NAE_EAA_T-354_Tartu_Tamme_Gumnaasium, lk 96
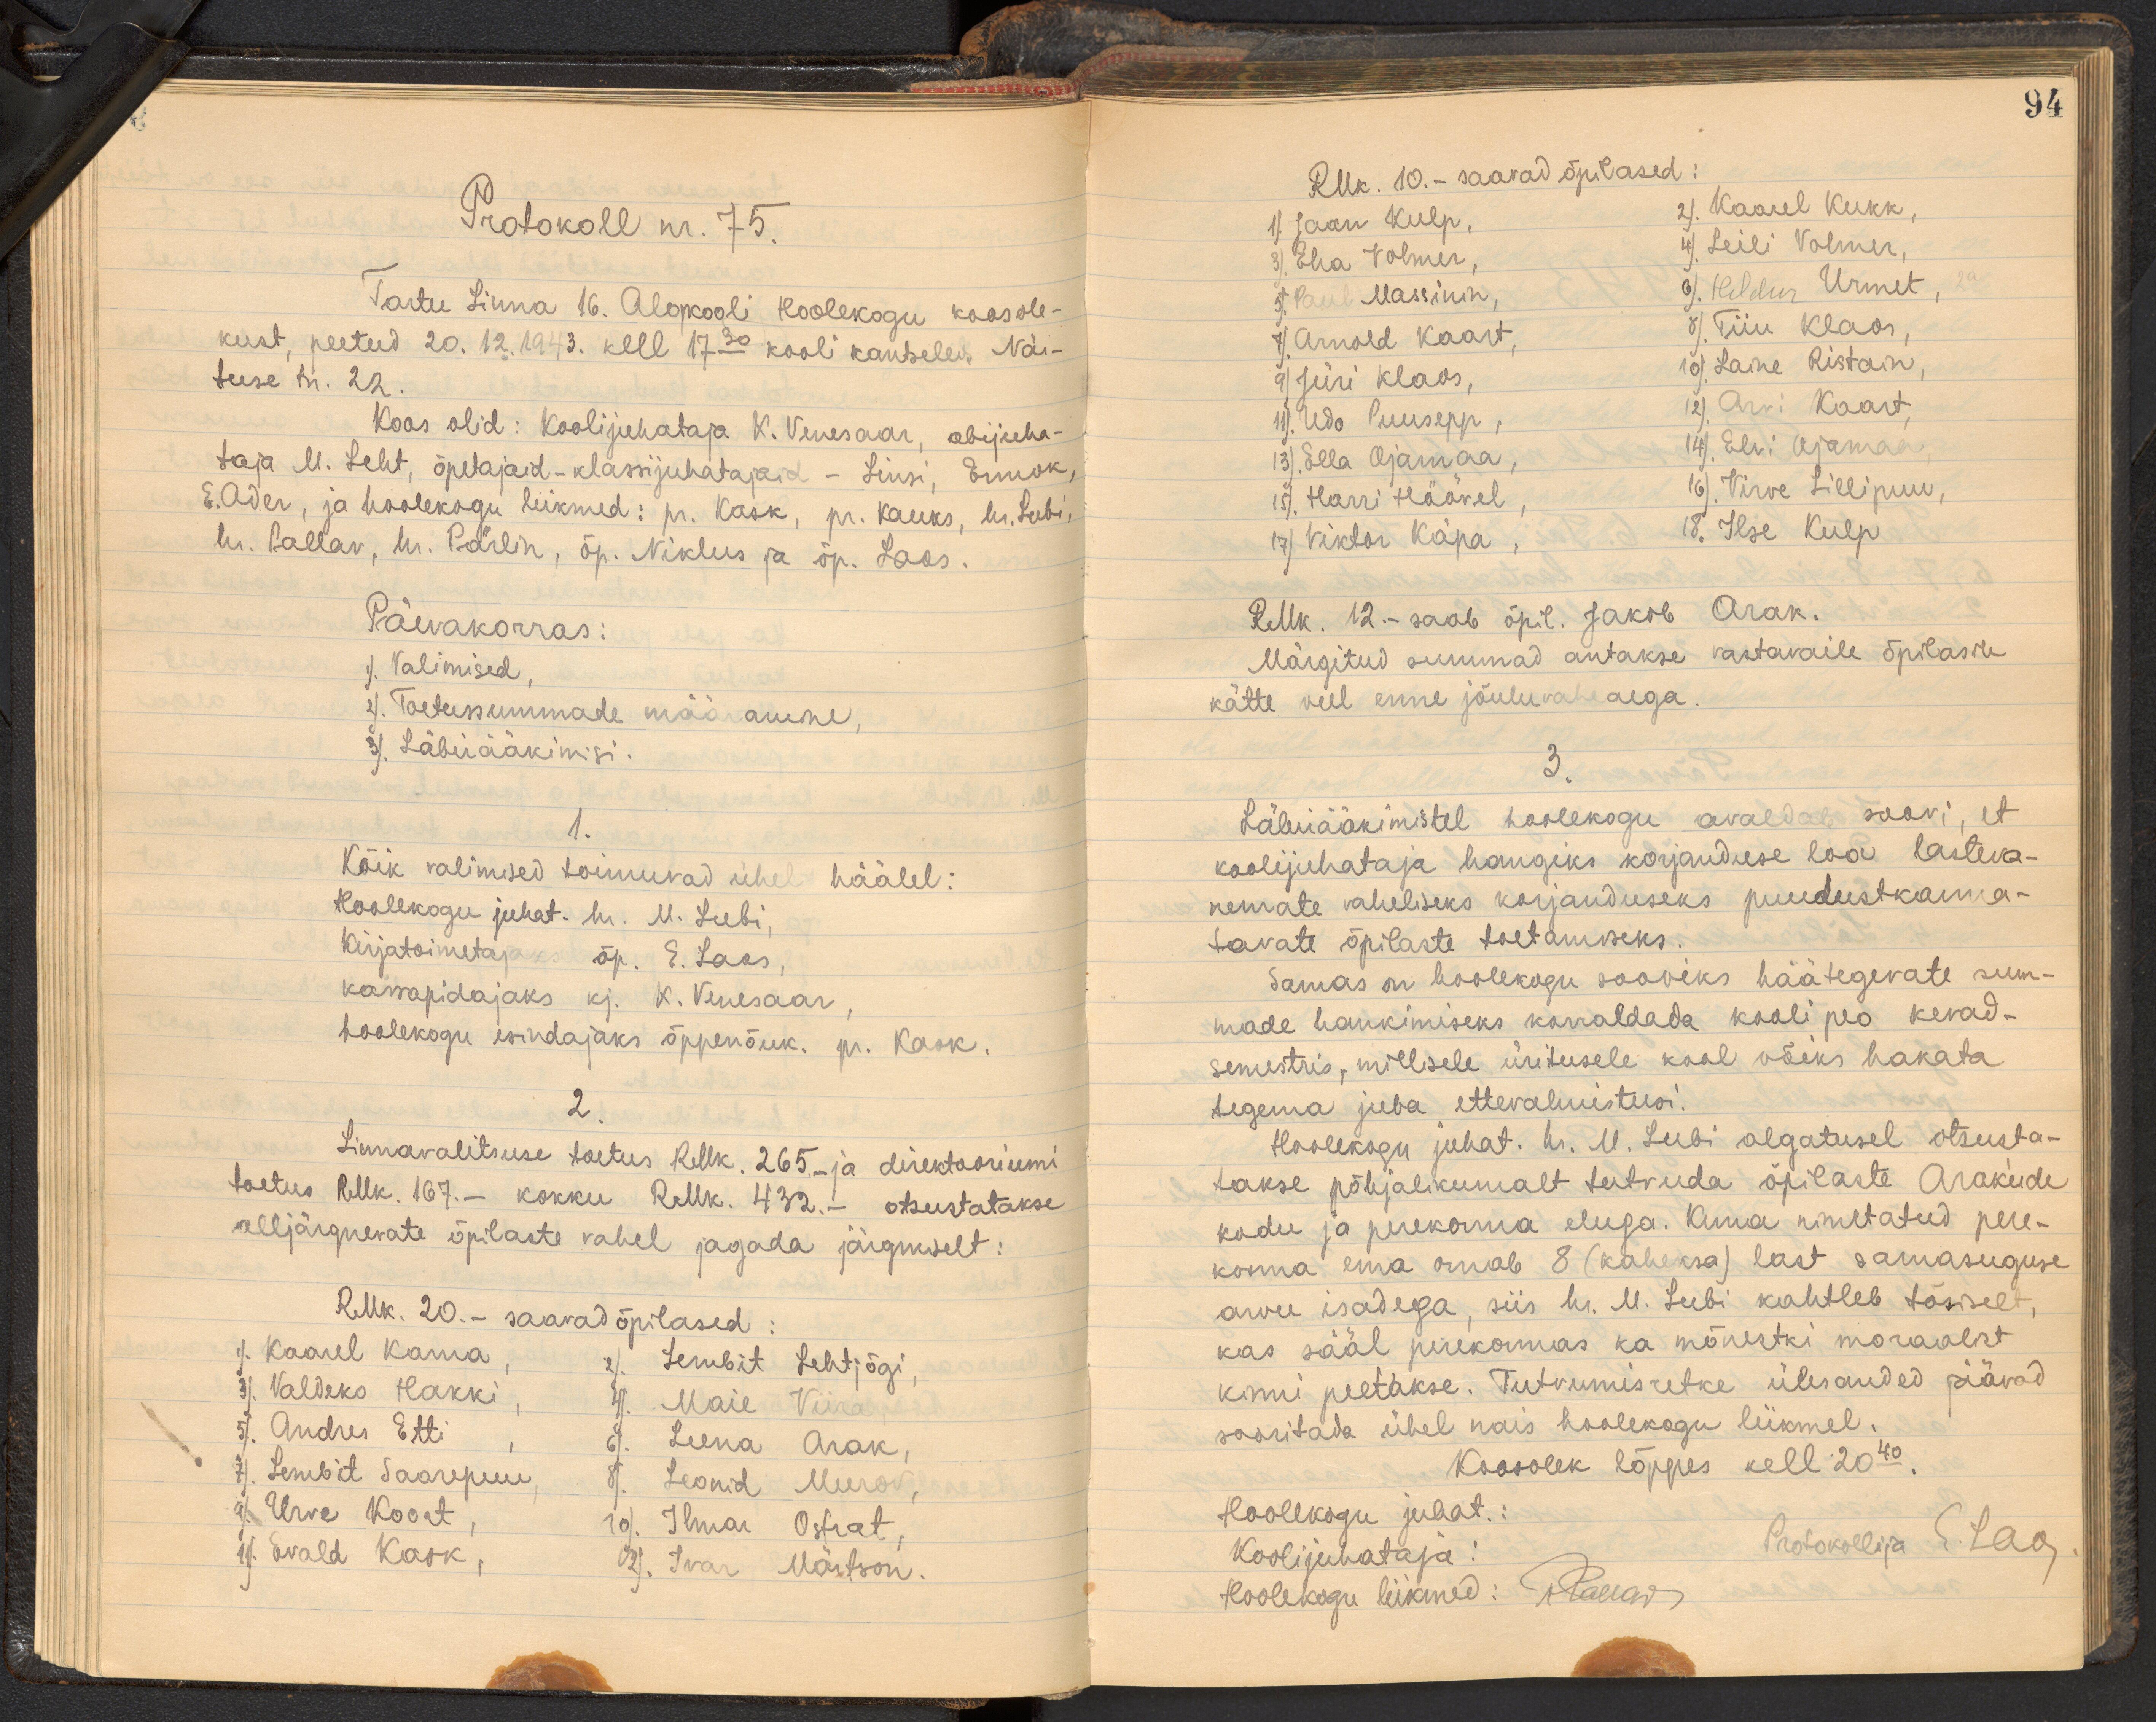
Protokoll nr. 75.
Tartu Linna 16. Algkooli Hoolekogu koosole-
kust, peetud 20. 12.1943. kell 17.30 kooli kantseleis Näi-
tuse nr. 22.
Koos olid: Koolijuhataja K. Venesaar, abijuha-
taja M. Leht, õpetajaid - klassijuhatajaid - Linsi, Ennok,
E. Ader, ja hoolekogu liikmed: pr. Kask, pr. Kauks, hr. Lubi,
hr. Pallav, hr. Pärlin, õp. Niklus ja öp. Laos.
Päevakorras:
1). Valimised.
2). Toetussummade määramine,
3). Läbiääkimisi.
1.
Kõik valimised toimuvad ühel häälel:
Hoolekogu juhat. h. M. Lubi,
Kirjatoimetajaks õp. E. Laos,
korrapidajaks kj. K. Venesaar.
hoolekogu esindajaks õppenõuk. pr. Kask.
2.
Linnavalitsuse toetus RMk. 265.- ja direktooriumi
toetus RMk. 167.- kokku RMk. 432. - otsustatakse
alljärgnevate õpilaste vahel jagada järgmiselt:
RMk. 20. - saavad õpilased
1). Kaarel Kama,
3). Valdeko Hakki,
2) Lembit Lehtjõgi,
4) Maie Viira
5). Andres Etti
6). Leena Arak,
7). Lembit Saarepuu
8). Leonid Murov
9) Urve koort
10). Ilmar Ostrat.
11). Evald Kask,
12). Ivar Märtson.

94
RMk. 10. - saavad õpilased:
1). Jaan Kulp,
2). Kaarel Kukk,
3). Eha Volmer,
4). Leili Volmer,
5). Paul Massinin,
6). Heldur Urmet,
7). Arnold Kaart,
8). Tiiu Klaos,
9). Jüri Klaos,
10). Laine Ristain,
11). Udo Puusepp,
12). Arvi Kaart
13). Ella Ojamaa,
14). Elvi Ojamaa
15). Harri Höövel
16). Virve Lillipuu,
17) Viktor Käpa,
18. Ilse Kulp
RMk. 12.- saab õpil. Jakob Arak.
Märgitud summad antakse vastavaile õpilasile
kätte veel enne jõuluvaheaega.
3.
Läbriääkimistel hoolekogu avaldab soovi, et
koolijuhataja hangiks korjanduse loa lasteva-
nemate vaheliseks korjanduseks puudustkanna-
tavate õpilaste toetamiseks.
Samas on hoolekogu sooviks häätegevate sum-
made hankimiseks korraldada kooli peo kevad-
semestris, millisele üritusele kool võiks hakata.
tegema juba ettevalmistusi.
Hoolekogu juhat. hr. M. Lubi algatusel otsusta-
takse põhjalikumalt tutvuda õpilaste Arakude,
kodu ja perekonna eluga. Kuna nimetatud pere-
konna ema omab 8 (kaheksa) last samasuguse
arvu isadega, siis hr. M. Lubi kahtleb tõsiselt
kas sääl perekonnas ka mõnestki moraalist
kinni peetakse. Tutvumisretke ülesanded jäävad
sooritada ühel nais hoolekogu liikmel.
Koosolek lõppes kell 20.40.
Hoolekogu juhat.
koolijuhataja:
Protokollija E. Lao
Hoolekogu liikmed: Paerar